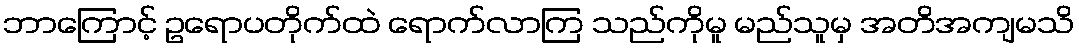
ဘာကြောင့် ဥရောပတိုက်ထဲ ရောက်လာကြ သည်ကိုမူ မည်သူမှ အတိအကျမသိ